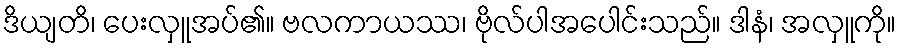
ဒိယျတိ၊ ပေးလှူအပ်၏။ ဗလကာယဿ၊ ဗိုလ်ပါအပေါင်းသည်။ ဒါနံ၊ အလှူကို။